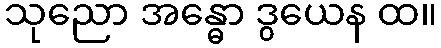
သုညော အန္ဓော ဒွယေန ထ။